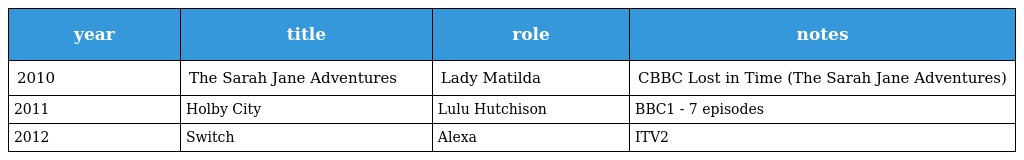
| year | title | role | notes |
 | --- | --- | --- | --- |
 | 2010 | The Sarah Jane Adventures | Lady Matilda | CBBC Lost in Time (The Sarah Jane Adventures) |
 | 2011 | Holby City | Lulu Hutchison | BBC1 - 7 episodes |
 | 2012 | Switch | Alexa | ITV2 |